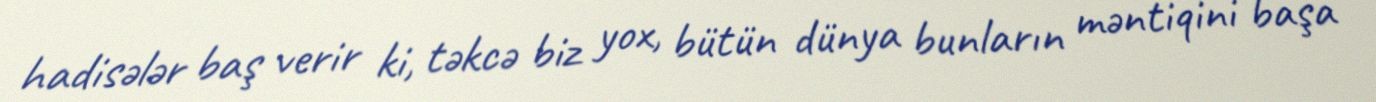
hadisələr baş verir ki, təkcə biz yox, bütün dünya bunların məntiqini başa